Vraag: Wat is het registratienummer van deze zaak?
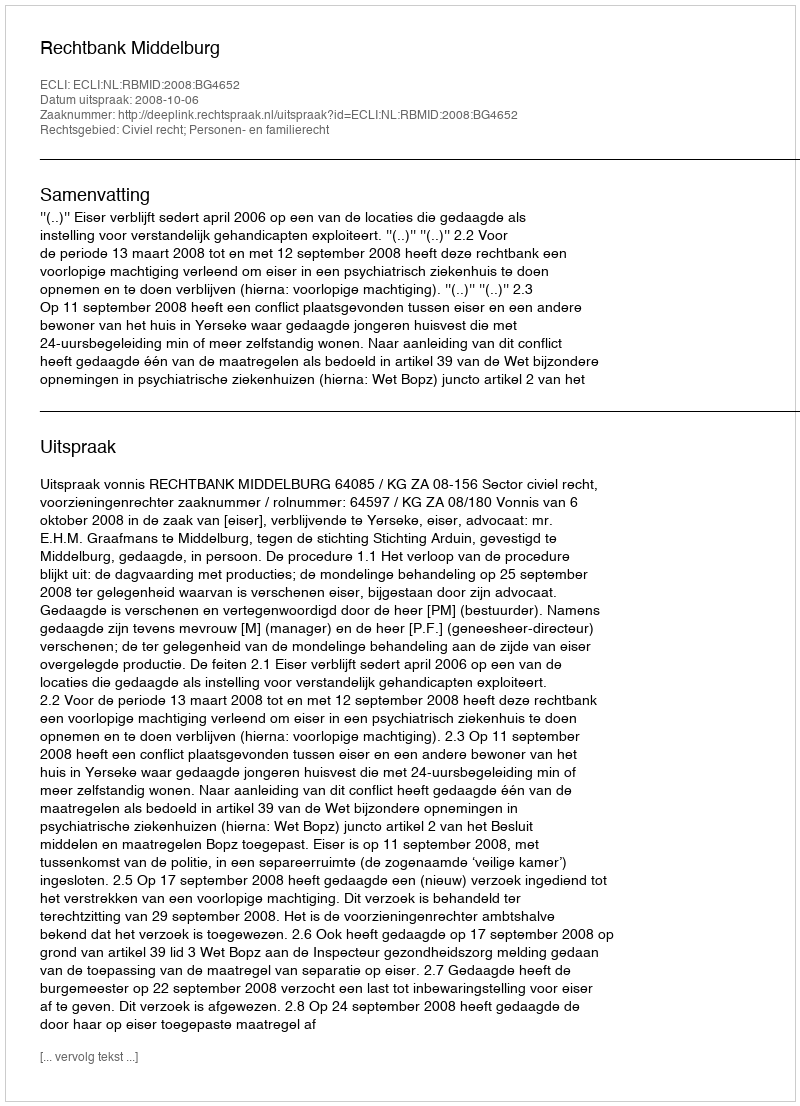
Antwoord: http://deeplink.rechtspraak.nl/uitspraak?id=ECLI:NL:RBMID:2008:BG4652